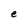
Character: e